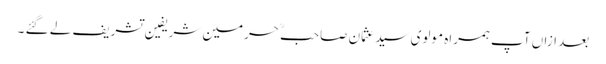
بعد ازاں آپ ہمراہ مولوی سید عثمان صاحبؒ حرمین شریفین تشریف لے گئے ۔